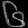
Digit: ၆